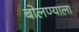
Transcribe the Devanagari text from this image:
बोलण्याला